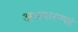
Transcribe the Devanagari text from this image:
अभयारण्यहे